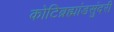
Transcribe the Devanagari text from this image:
कोटिब्रह्मांडसुंदरी